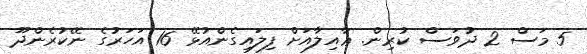
5 މަސް 2 ދުވަސް ކުރިން. ޢާއިލާއަށް ފިލައިގެންއުޅޭ 16 އަހަރުގެ ނޭކުރެންދޫ